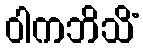
ဝါကဘိသိံ